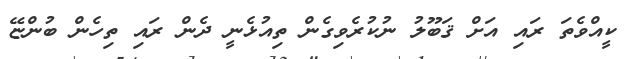
ކީއްވެތަ ރައި އަށް ޤަބޫލު ނުކުރެވިގެން ތިއުޅެނީ ދެން ރައި ތިހެން ބުންޏޭ